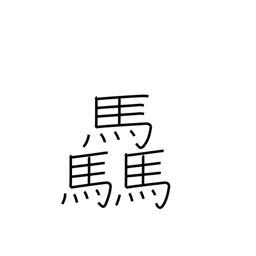
Meaning: many horses